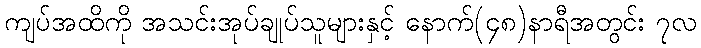
ကျပ်အထိကို အသင်းအုပ်ချုပ်သူများနှင့် နောက်(၄၈)နာရီအတွင်း ၇လ